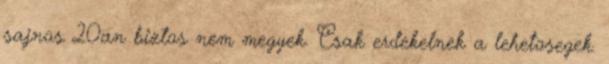
sajnos 20an biztos nem megyek. Csak erdekelnek a lehetosegek.